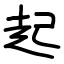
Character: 起